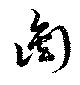
銜